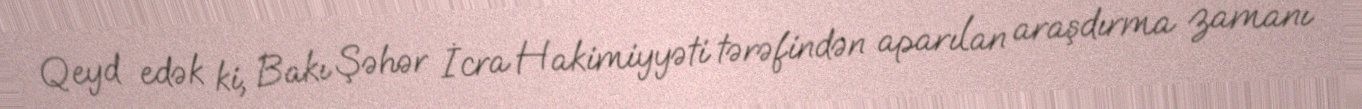
Qeyd edək ki, Bakı Şəhər İcra Hakimiyyəti tərəfindən aparılan araşdırma zamanı